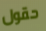
حقول